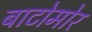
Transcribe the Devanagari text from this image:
बाटोमोर